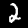
Label: 2